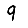
Digit: 9